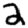
Digit: 2